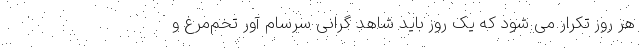
هر روز تکرار می شود که یک روز باید شاهد گرانی سرسام آور تخم‌مرغ و